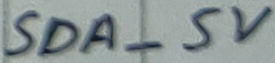
Text: SDA_5V